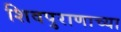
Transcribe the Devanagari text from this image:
शिवपुराणाच्या